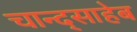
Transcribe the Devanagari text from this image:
चान्द्साहेब